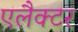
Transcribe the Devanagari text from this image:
एलैक्टर